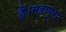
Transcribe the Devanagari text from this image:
हैं।महापुरा